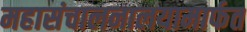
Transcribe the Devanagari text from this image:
महासंचालनालयामार्फत